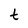
Character: t